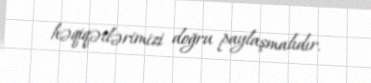
həqiqətlərimizi doğru paylaşmalıdır.